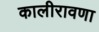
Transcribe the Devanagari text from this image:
कालीरावणा